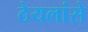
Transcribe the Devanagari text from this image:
ठेयलांसे